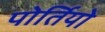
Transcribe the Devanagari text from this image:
पोर्तियो